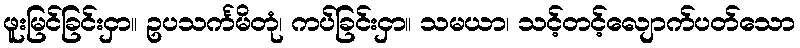
ဖူးမြင်ခြင်းငှာ။ ဥပသင်္ကမိတုံ၊ ကပ်ခြင်းငှာ။ သမယာ၊ သင့်တင့်လျောက်ပတ်သော